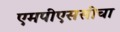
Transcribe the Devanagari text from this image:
एमपीएससीचा